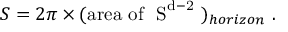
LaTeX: S = 2 \pi \times ( \mathrm { a r e a ~ o f ~ { \cal ~ S } ^ { d - 2 } ~ } ) _ { h o r i z o n } \ .